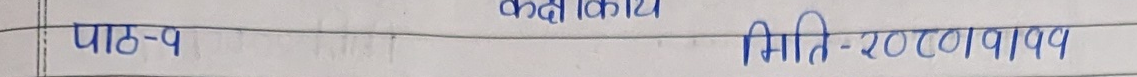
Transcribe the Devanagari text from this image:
कक्षा - 9
मिति - २०८०।१।११